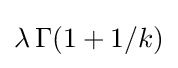
\lambda \,\Gamma (1+1/k)